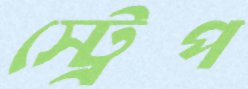
স্ট্রেপ